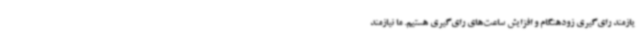
یازمند رای‌گیری زودهنگام و افزایش ساعت‌های رای‌گیری هستیم. ما نیازمند